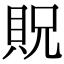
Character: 貺